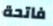
فاتحة